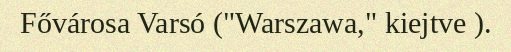
Fővárosa Varsó ("Warszawa," kiejtve ).